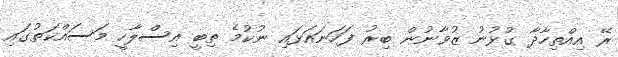
ރޭ އިއްތިހާދާ ގުޅުނު ޒުވާނުން ބިރު ފަހަނައަޅައި ނުކުމެ ތިބީ އިސްލާހީ މަސައްކަތުގައި